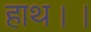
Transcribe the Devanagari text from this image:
हाथ।।